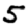
Digit: 5